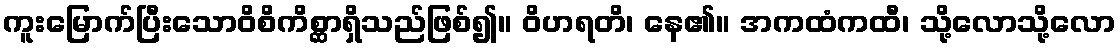
ကူးမြောက်ပြီးသောဝိစိကိစ္ဆာရှိသည်ဖြစ်၍။ ဝိဟရတိ၊ နေ၏။ အကထံကထီ၊ သို့လောသို့လော